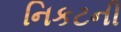
નિકટની